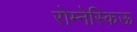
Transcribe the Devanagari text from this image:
रोम्नेस्किऊ